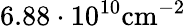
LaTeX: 6.88\cdot 10^{10}\mathrm{{cm}^{-2}}